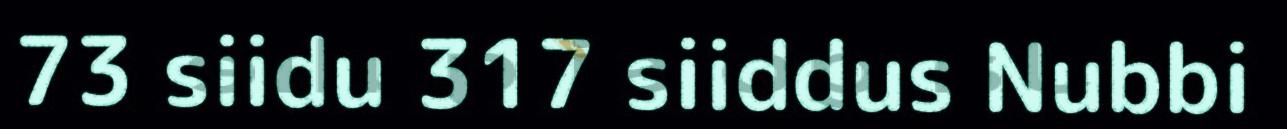
73 siidu 317 siiddus Nubbi